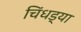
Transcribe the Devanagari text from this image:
चिंधड्या